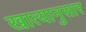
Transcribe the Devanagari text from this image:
खात्यानुसार